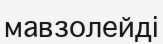
мавзолейді